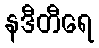
နဒီတီရေ